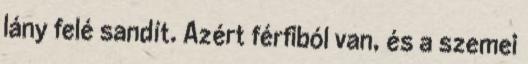
lány felé sandít. Azért férfiból van, és a szemei